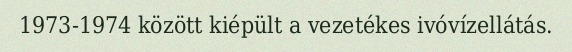
1973-1974 között kiépült a vezetékes ivóvízellátás.